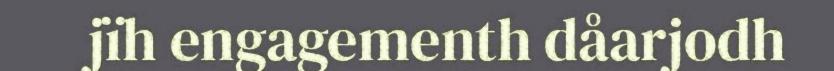
jïh engagementh dåarjodh